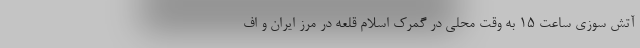
آتش سوزی ساعت 15 به وقت محلی در گمرک اسلام قلعه در مرز ایران و اف